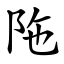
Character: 陁